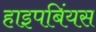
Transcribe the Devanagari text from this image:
हाइपबिंयस